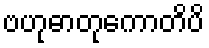
ဗဟုဓာတုကောတိပိ